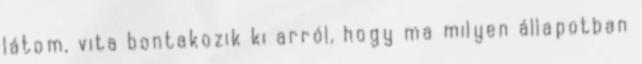
látom, vita bontakozik ki arról, hogy ma milyen állapotban